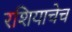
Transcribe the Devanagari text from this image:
रशियाचेच